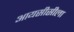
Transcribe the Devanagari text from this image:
आयसीसीला